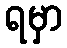
ရမှာ